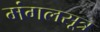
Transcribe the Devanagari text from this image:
मंगलसूत्र